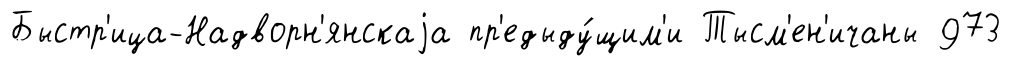
Быстр'ица-Надворн'янскаjа пр'едыду́щим'и Тысм'ен'ичаны 973